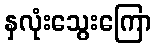
နှလုံးသွေးကြော